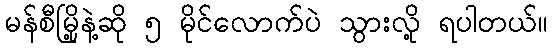
မန်စီမြို့နဲ့ဆို ၅ မိုင်လောက်ပဲ သွားလို့ ရပါတယ်။